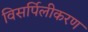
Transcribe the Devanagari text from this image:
विसर्पिलीकरण